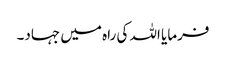
فرمایا اللہ کی راہ میں جہاد۔